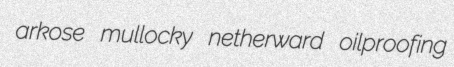
arkose mullocky netherward oilproofing